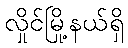
လှိုင်မြို့နယ်ရှိ